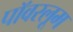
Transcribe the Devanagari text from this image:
पॉवरलूम